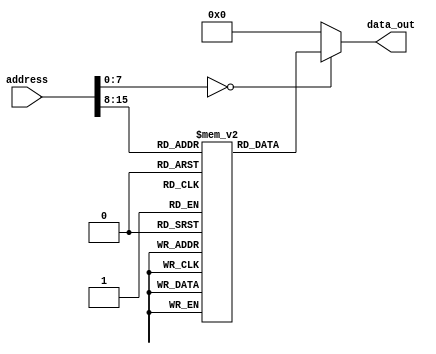
module rom (
    input wire [31:0] address,
    output reg [7:0] data_out
);

reg [7:0] memory_block_0 [0:255]; // Define 256 memory blocks, each containing 8 bits of data

always @(*) begin
    case(address[7:0])
        8'b00000000: data_out = memory_block_0[address[15:8]];
        // Add more cases here for additional memory blocks as needed
        default: data_out = 8'b0; // Default case if address does not match any memory block
    endcase
end

endmodule